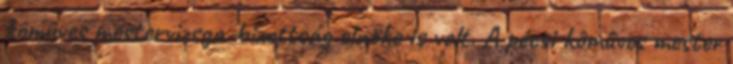
kômûves mestervizsga-bizottság elnöke is volt. A pécsi kômûves mester